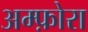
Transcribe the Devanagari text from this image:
अम्फ़ोरा